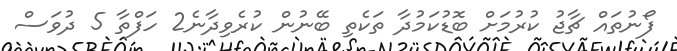
ފޯނުތައް ޗާޖު ކުރުމަށް ބޮޑުކަމުދާ ތަކެތި ބޭނުން ކުރެވިދާނެ2 ހަފްތާ 5 ދުވަސް